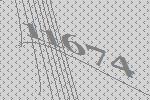
11674